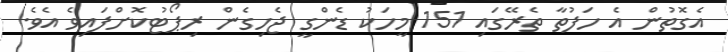
އެގޮތުން އެ ހަފުތާ ތެރޭގައި 151 މީހަކު ޑެންގީ ޖެހިގެން ރިޕޯޓުކޮށްފައިވެ އެވެ.